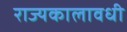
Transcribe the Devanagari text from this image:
राज्यकालावधी